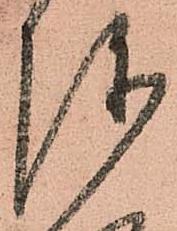
陣